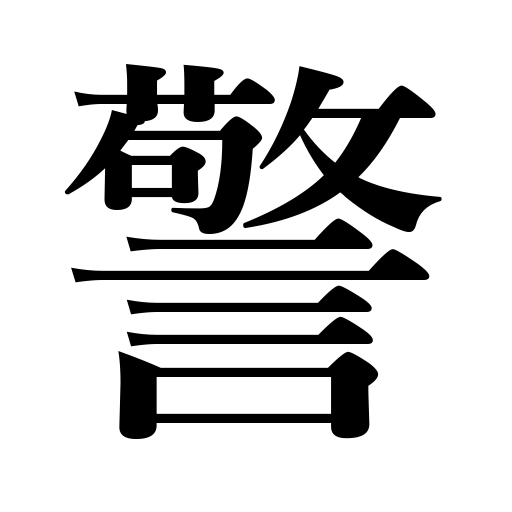
Meanings: admonish,warn,prohibit